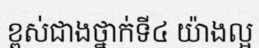
ខ្ពស់ជាងថ្នាក់ទី៤ យ៉ាងល្អ